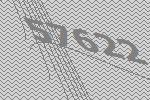
57622